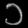
Digit: ၁